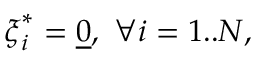
\boldsymbol { \xi } _ { i } ^ { * } = \underline { { 0 } } , \, \, \forall i = 1 . . N ,